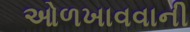
ઓળખાવવાની